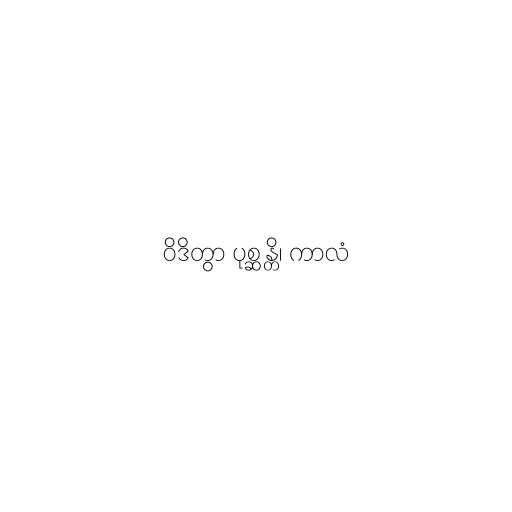
ဝိဒိတွာ ပုစ္ဆန္တိ၊ ကာလံ